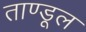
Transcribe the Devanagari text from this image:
ताण्डूल